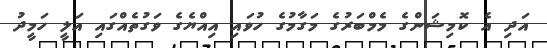
އަދި އެ ކޮމިޝަންގެ މެމްބަރުގެ މަގާމުގެ ހުވައި އިއްޔެގެ ވަގުތެއްގައި އަލީ ހަމީދު